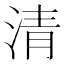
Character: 清